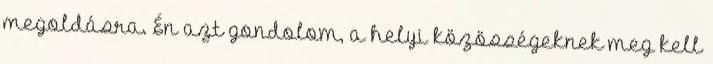
megoldásra. Én azt gondolom, a helyi közösségeknek meg kell